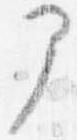
部